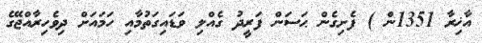
އާޚިރާ 1351ން ) ފެށިގެން ޙަސަން ފަރީދު ގެއްލި ވަޑައިގަތުމާއި ހަމައަށް ދިވެހިރާއްޖޭގެ